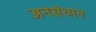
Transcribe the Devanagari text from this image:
अनसंधान